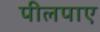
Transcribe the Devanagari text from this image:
पीलपाए